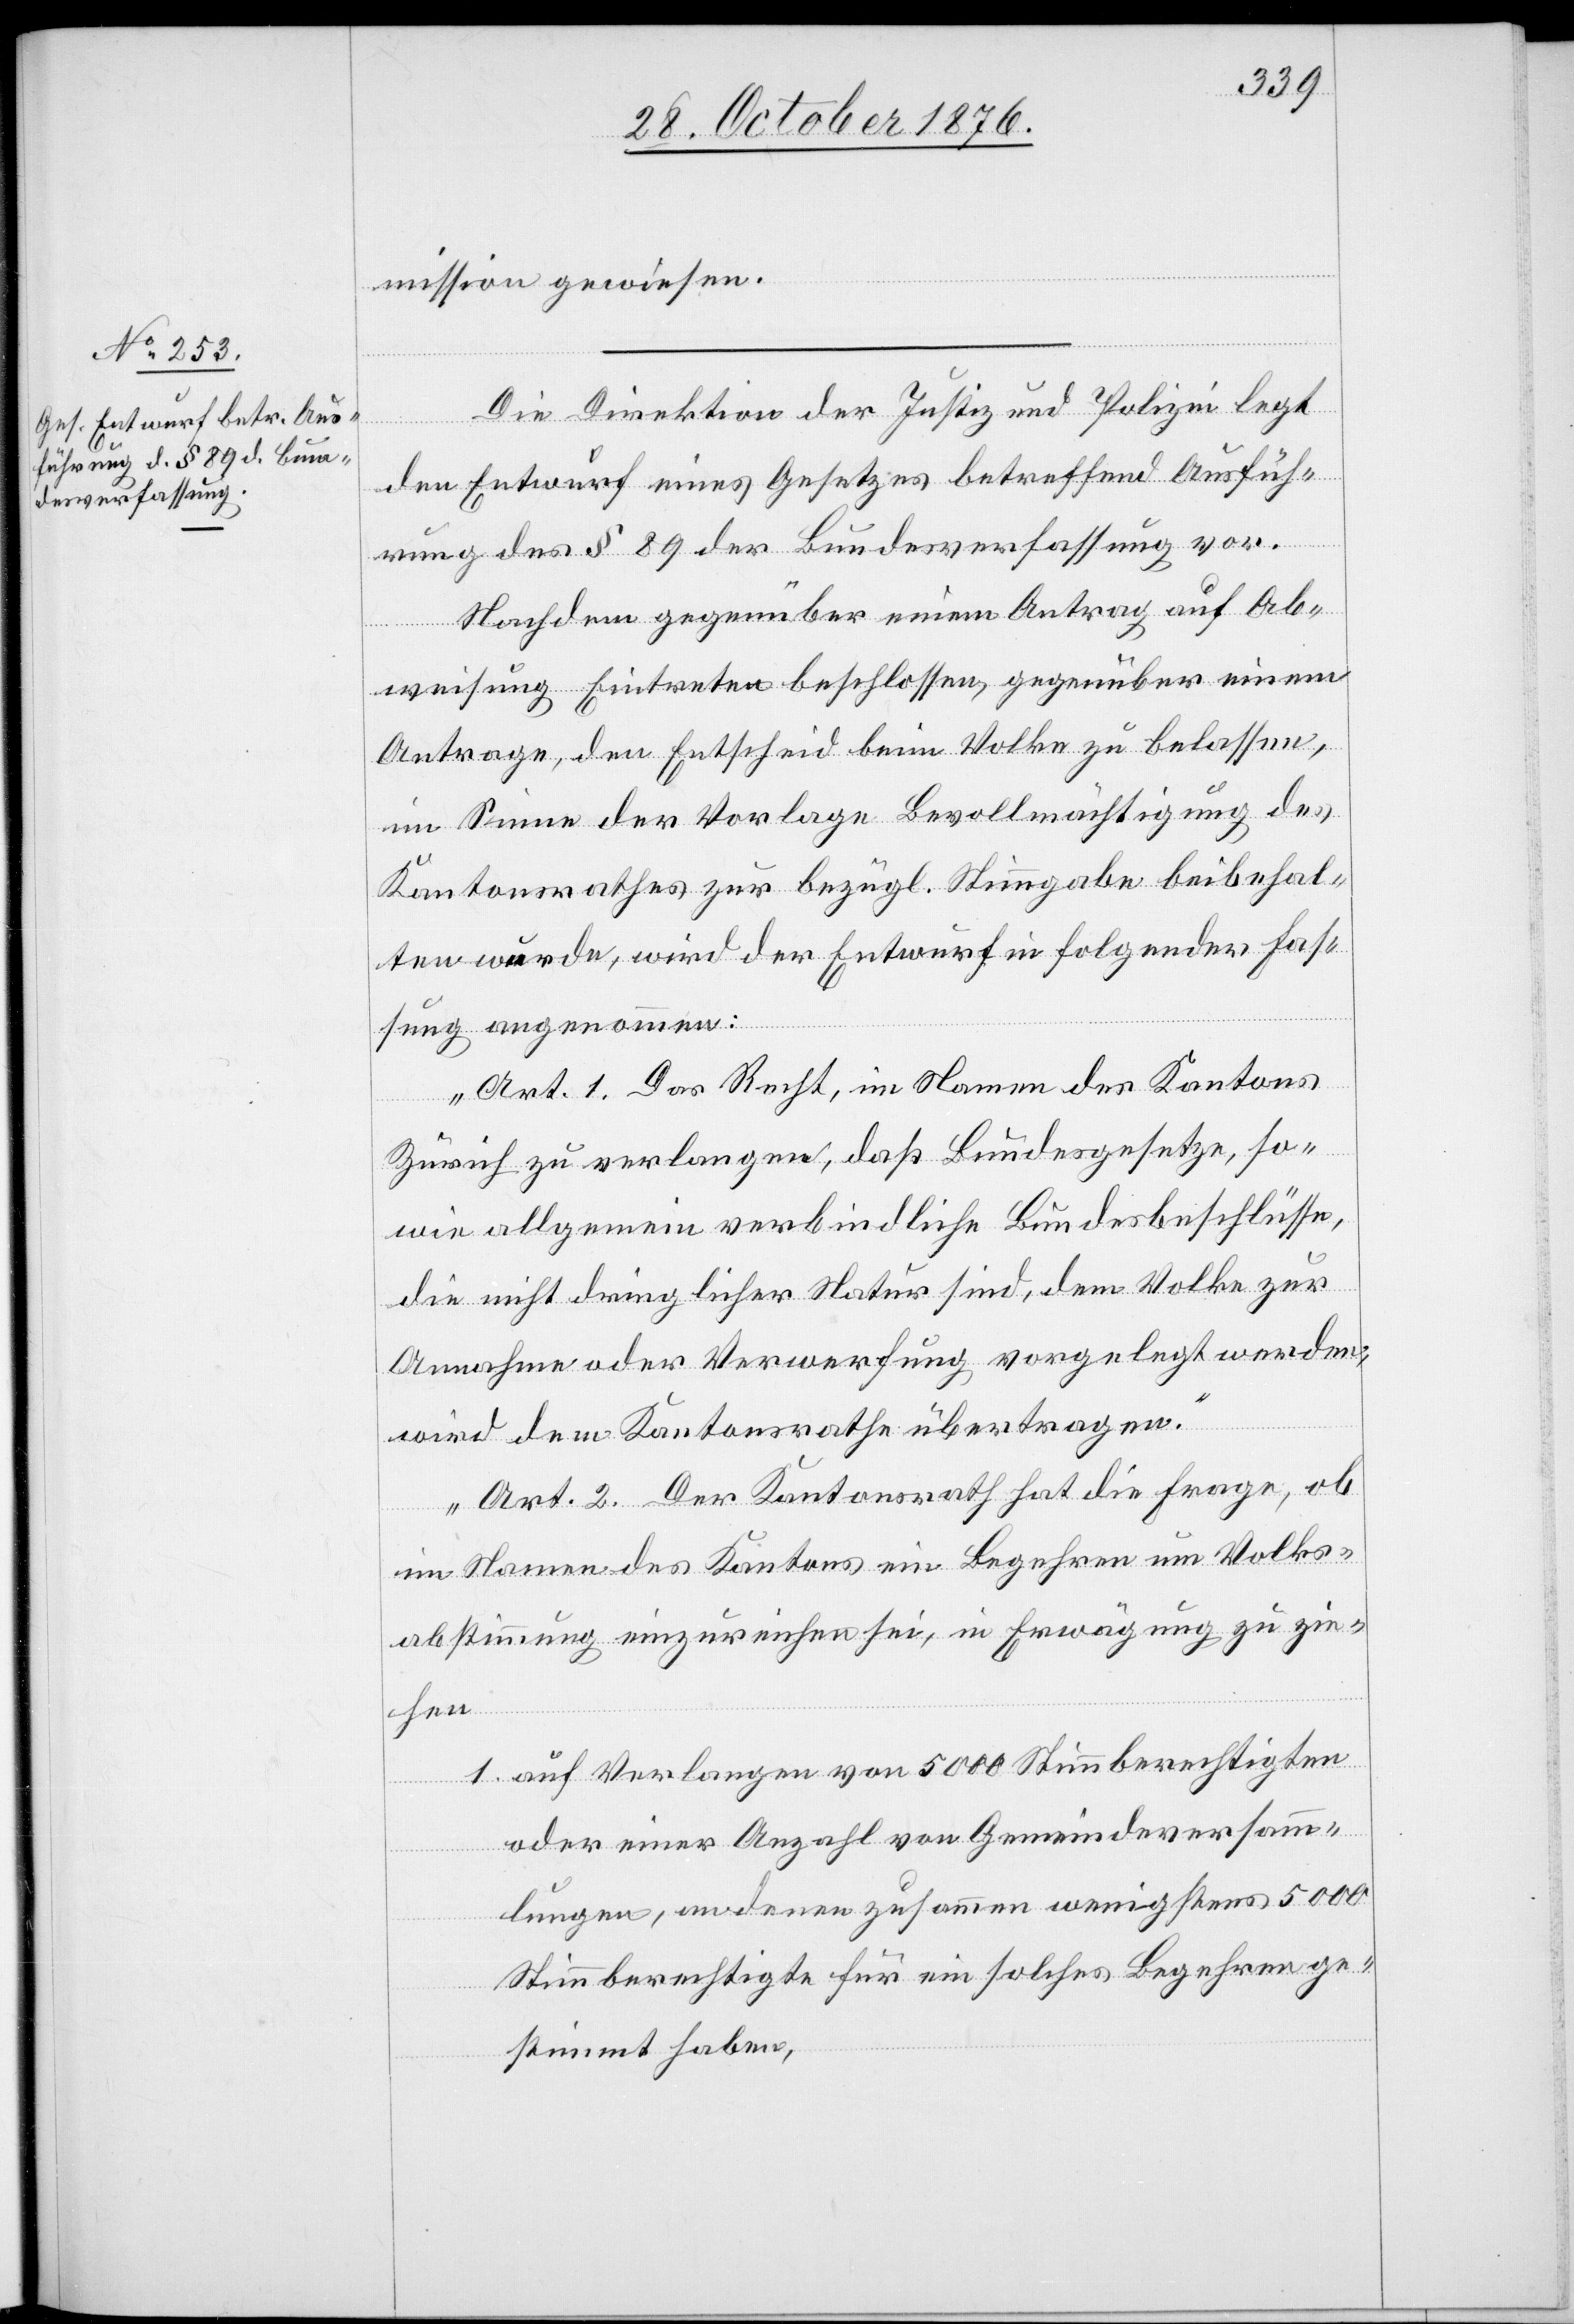
mission gewiesen.
Die Direktion der Justiz und Polizei legt
den Entwurf eines Gesetzes betreffend Ausfüh¬
rung des § 89 der Bundesverfassung vor.
Nachdem gegenüber einem Antrag auf Ab¬
weisung Eintreten beschlossen, gegenüber einem
Antrage, den Entscheid beim Volke zu belassen,
im Sinne der Vorlage Bevollmächtigung des
Kantonsrathes zur bezügl. Stimmgabe beibehal¬
ten wurde, wird der Entwurf in folgender Fas¬
sung angenommen.
„Art. 1. Das Recht, im Namen des Kantons
Zürich zu verlangen, das Bundesgesetze, so¬
wie allgemein verbindliche Bundesbeschlüsse,
die nicht dringlicher Natur sind, dem Volke zur
Annahme oder Verwerfung vorgelegt werden,
wird dem Kantonsrathe übertragen.“
„Art. 2. Der Kantonsrath hat die Frage, ob
im Namen des Kantons ein Begehren um Volks¬
abstimmung einzureichen sei, in Erwägung zu zie¬
hen
1. auf Verlangen von 5000 Stimmberechtigten
oder einer Anzahl von Gemeindeversam¬
mlungen, an deren zusammen wenigstens 5000
Stimmberechtigte für ein solches Begehren ge¬
stimmt haben,